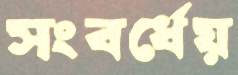
সংবর্ধেয়